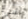
شيء